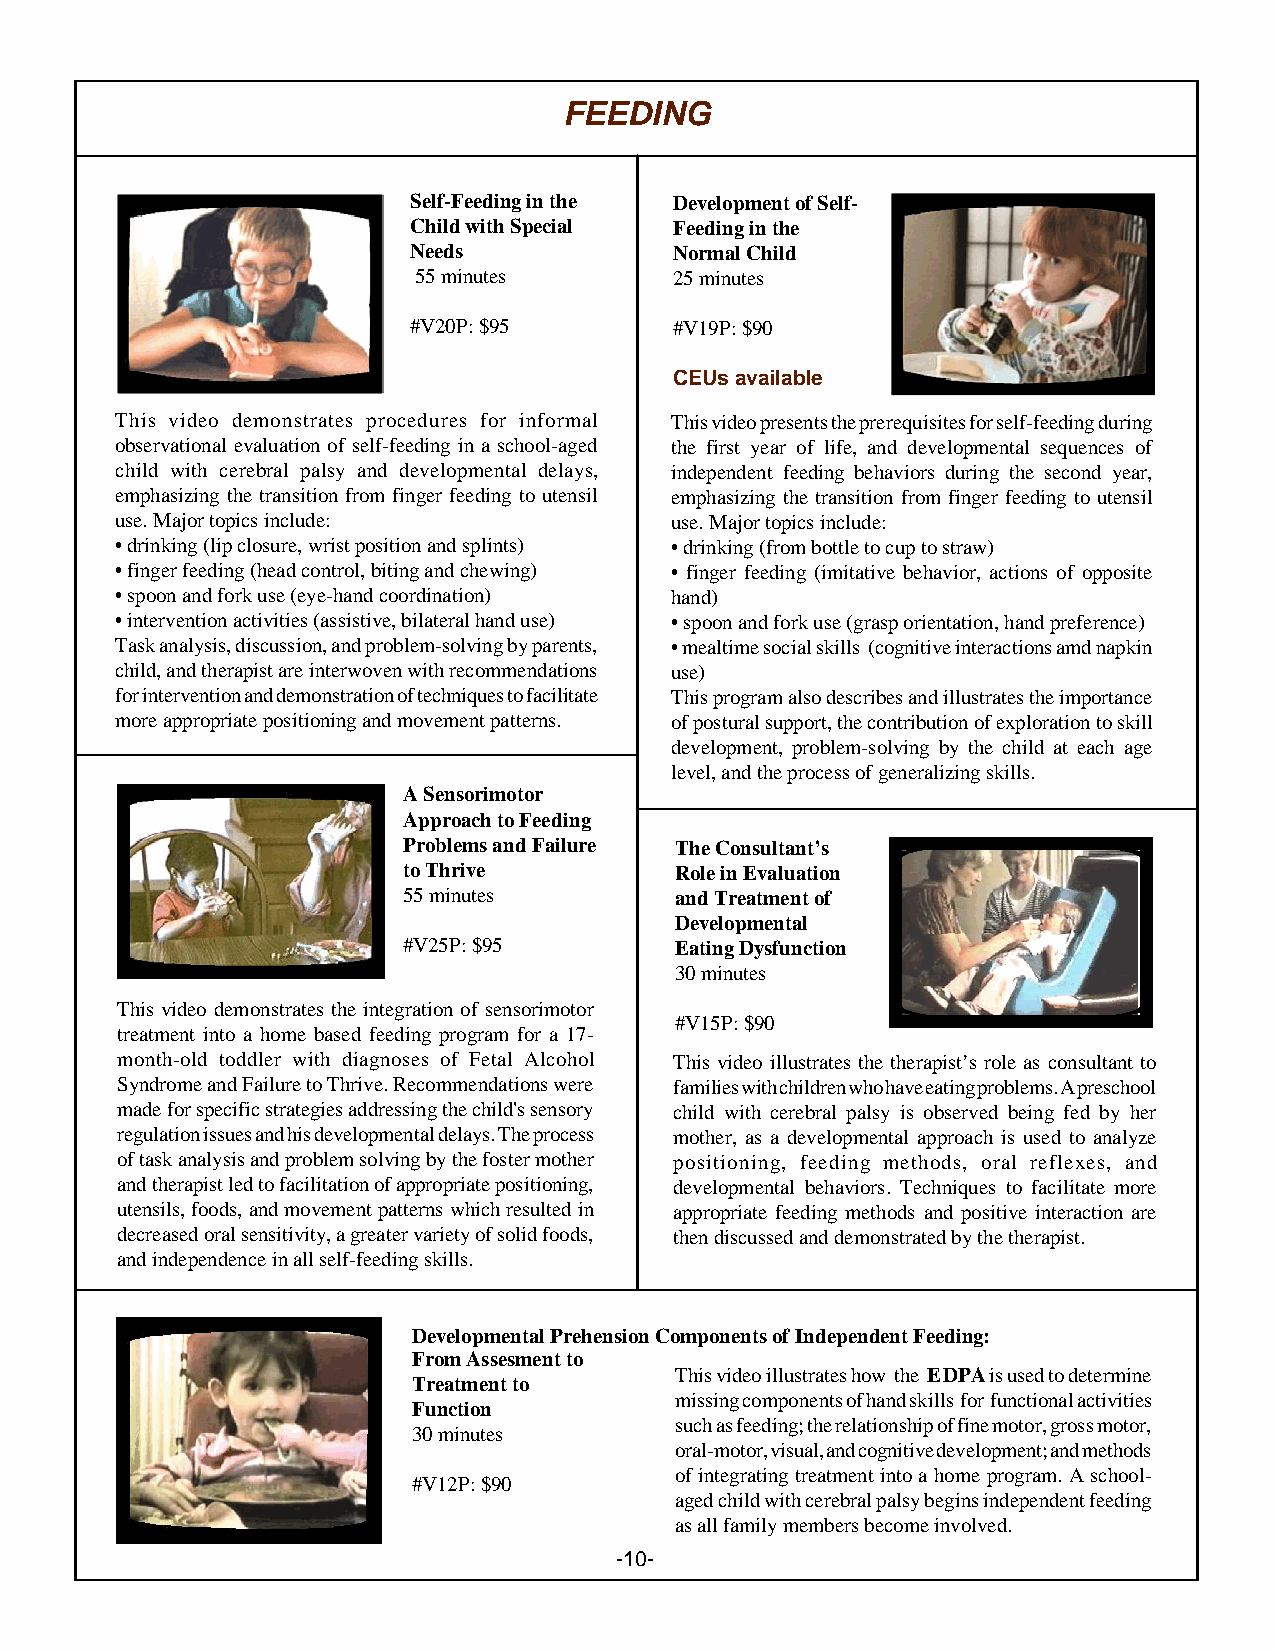
FEEDING
 Self-Feeding in the Development of Self-
 Child with Special Feeding in the
 Needs             Normal Child
 55 minutes        25 minutes
 #V20P: $95        #V19P: $90
 CEUs available
 This video demonstrates procedures for informal This video presents the prerequisites for self-feeding during
 observational evaluation of self-feeding in a school-aged the first year of life, and developmental sequences of
 child with cerebral palsy and developmental delays, independent feeding behaviors during the second year,
 emphasizing the transition from finger feeding to utensil emphasizing the transition from finger feeding to utensil
 use. Major topics include:          use. Major topics include:
 • drinking (lip closure, wrist position and splints) • drinking (from bottle to cup to straw)
 • finger feeding (head control, biting and chewing) • finger feeding (imitative behavior, actions of opposite
 • spoon and fork use (eye-hand coordination) hand)
 • intervention activities (assistive, bilateral hand use) • spoon and fork use (grasp orientation, hand preference)
 Task analysis, discussion, and problem-solving by parents, • mealtime social skills (cognitive interactions amd napkin
 child, and therapist are interwoven with recommendations use)
 for intervention and demonstration of techniques to facilitate This program also describes and illustrates the importance
 more appropriate positioning and movement patterns. of postural support, the contribution of exploration to skill
 development, problem-solving by the child at each age
 level, and the process of generalizing skills.
 A Sensorimotor
 Approach to Feeding
 Problems and Failure The Consultant’s
 to Thrive         Role in Evaluation
 55 minutes        and Treatment of
 Developmental
 #V25P: $95        Eating Dysfunction
 30 minutes
 This video demonstrates the integration of sensorimotor
 #V15P: $90
 treatment into a home based feeding program for a 17-
 month-old toddler with diagnoses of Fetal Alcohol This video illustrates the therapist’s role as consultant to
 Syndrome and Failure to Thrive. Recommendations were families with children who have eating problems. A preschool
 made for specific strategies addressing the child's sensory child with cerebral palsy is observed being fed by her
 regulation issues and his developmental delays. The process mother, as a developmental approach is used to analyze
 of task analysis and problem solving by the foster mother positioning, feeding methods, oral reflexes, and
 and therapist led to facilitation of appropriate positioning, developmental behaviors. Techniques to facilitate more
 utensils, foods, and movement patterns which resulted in appropriate feeding methods and positive interaction are
 decreased oral sensitivity, a greater variety of solid foods, then discussed and demonstrated by the therapist.
 and independence in all self-feeding skills.
 Developmental Prehension Components of Independent Feeding:
 From Assesment to
 This video illustrates how the EDPA is used to determine
 Treatment to
 missing components of hand skills for functional activities
 Function
 such as feeding; the relationship of fine motor, gross motor,
 30 minutes
 oral-motor, visual, and cognitive development; and methods
 of integrating treatment into a home program. A school-
 #V12P: $90
 aged child with cerebral palsy begins independent feeding
 as all family members become involved.
 -10-